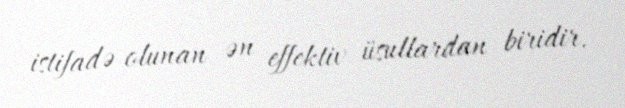
istifadə olunan ən effektiv üsullardan biridir.